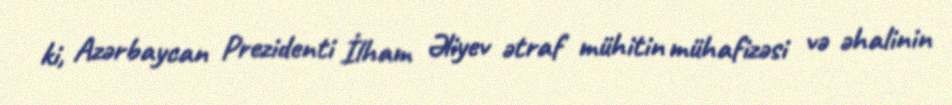
ki, Azərbaycan Prezidenti İlham Əliyev ətraf mühitin mühafizəsi və əhalinin